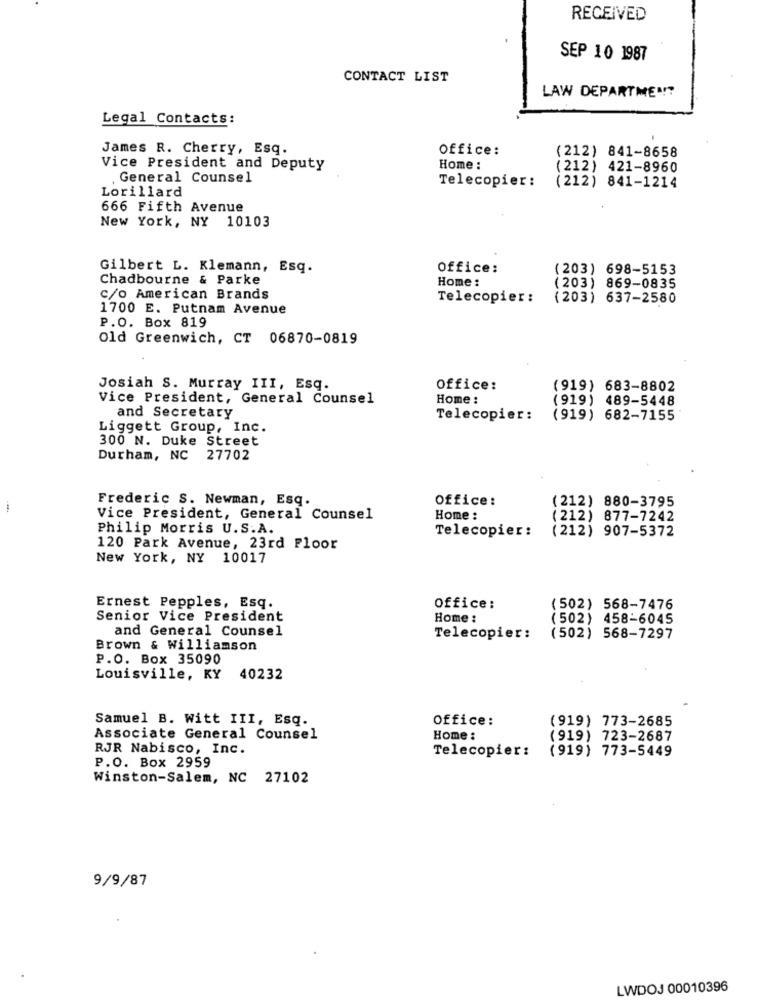
RECEIVED
SEP 10 1987
CONTACT LIST
LAW DEPARTMEN !?
Legal Contacts:
James R. Cherry, Esq.
Office:
(212) 841-8658
Vice President and Deputy
Home :
(212) 421-8960
General Counsel
Telecopier :
Lorillard
(212) 841-1214
666 Fifth Avenue
New York, NY 10103
Gilbert L. Klemann, Esq.
Office:
(203) 698-5153
Chadbourne & Parke
Home :
(203) 869-0835
c/o American Brands
Telecopier:
(203) 637-2580
1700 E. Putnam Avenue
P.O. Box 819
Old Greenwich, CT 06870-0819
Josiah S. Murray III, Esq.
Office:
(919) 683-8802
Vice President, General Counsel
Home :
(919) 489-5448
and Secretary
Telecopier :
(919) 682-7155
Liggett Group, Inc.
300 N. Duke Street
Durham, NC 27702
Frederic S. Newman, Esq.
Office:
(212) 880-3795
Vice President, General Counsel
Home :
(212) 877-7242
Philip Morris U.S.A.
(212) 907-5372
Telecopier:
120 Park Avenue, 23rd Floor
New York, NY 10017
Ernest Pepples, Esq.
Office:
(502) 568-7476
Senior Vice President
Home :
(502) 458-6045
and General Counsel
Telecopier:
(502) 568-7297
Brown & Williamson
P.O. Box 35090
Louisville, KY
40232
Samuel B. Witt III, Esq.
Office:
(919) 773-2685
Associate General Counsel
Home :
(919) 723-2687
RJR Nabisco, Inc.
Telecopier:
(919) 773-5449
P.O. Box 2959
Winston-Salem, NC 27102
9/9/87
LWDOJ 00010396